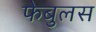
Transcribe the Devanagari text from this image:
फेबुलस